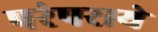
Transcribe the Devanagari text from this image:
परंपराये